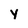
Character: y